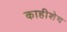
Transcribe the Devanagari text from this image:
काहीशेच